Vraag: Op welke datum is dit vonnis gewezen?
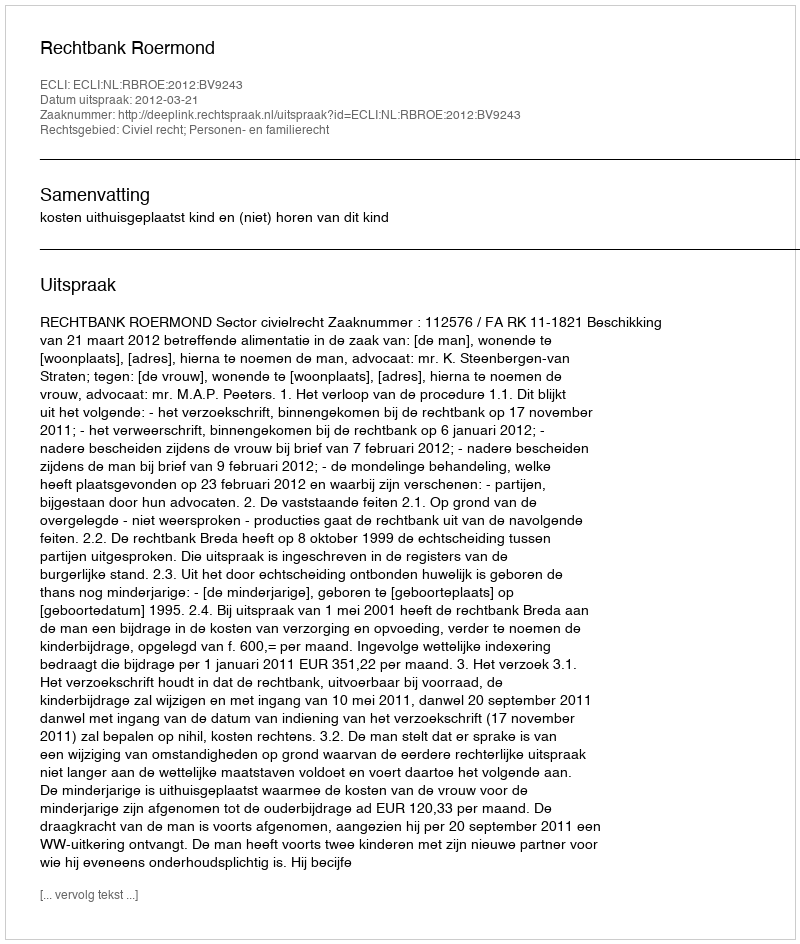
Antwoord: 2012-03-21